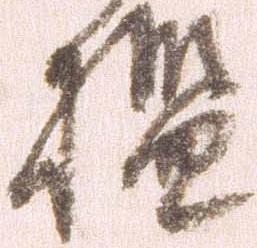
檻